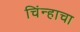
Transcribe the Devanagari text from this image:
चिंन्हाचा